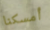
أمسكنا